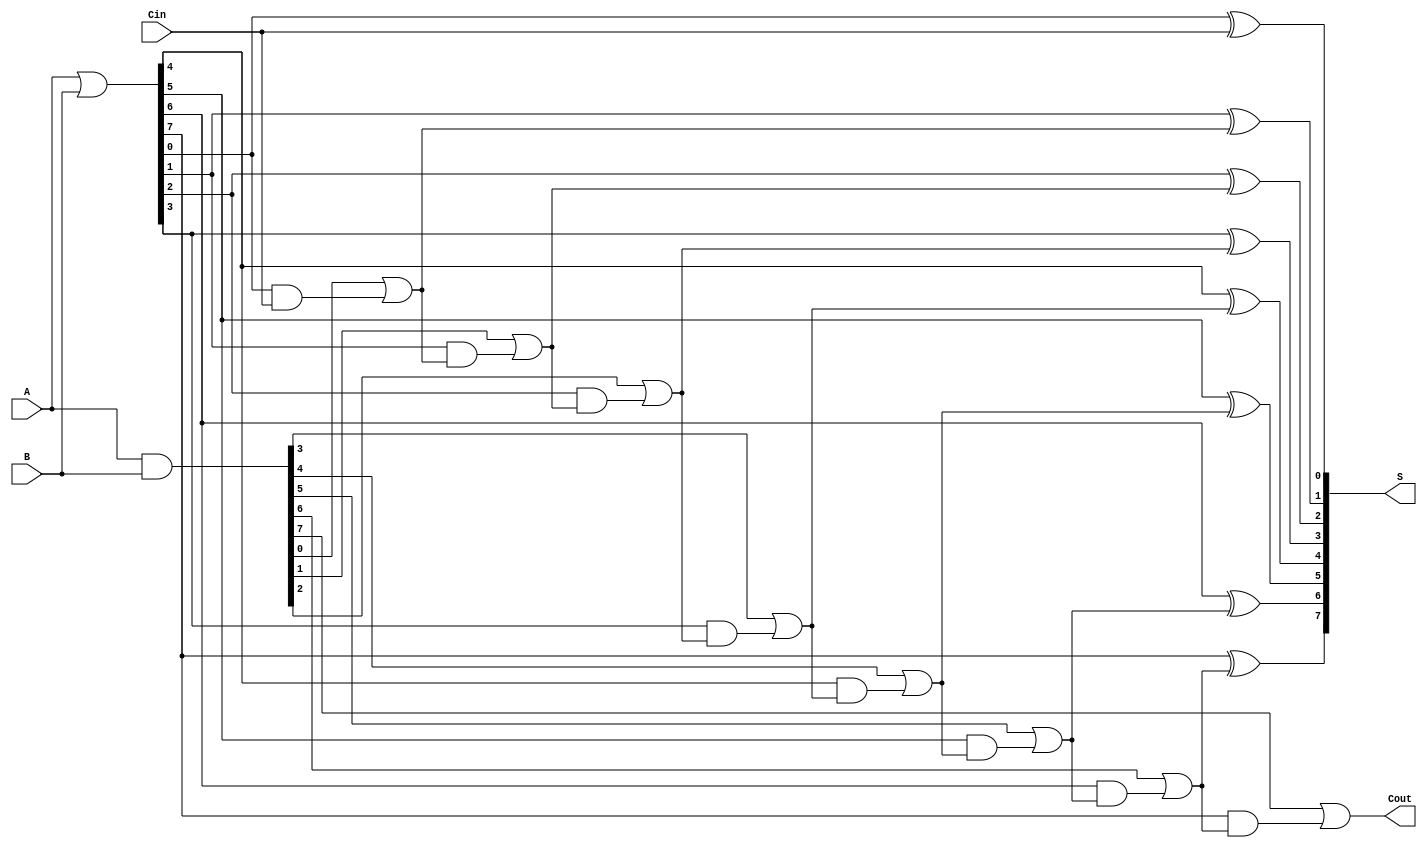
module KoggeStoneAdder #(parameter N = 8) (
    input [N-1:0] A,
    input [N-1:0] B,
    input Cin,
    output [N-1:0] S,
    output Cout
);

    wire [N-1:0] G; // Generate signals
    wire [N-1:0] P; // Propagate signals
    wire [N:0] C;   // Carry signals (C[N] is Cout)

    // Generate and Propagate calculations
    assign G = A & B;
    assign P = A | B;

    // Carry input
    assign C[0] = Cin;

    // Kogge-Stone carry generation
    genvar i, j;
    generate
        for (i = 0; i < N; i = i + 1) begin
            assign C[i+1] = G[i] | (P[i] & C[i]);
        end
    endgenerate

    // Sum calculation
    generate
        for (i = 0; i < N; i = i + 1) begin
            assign S[i] = P[i] ^ C[i];
        end
    endgenerate

    // Carry-out output
    assign Cout = C[N];

endmodule